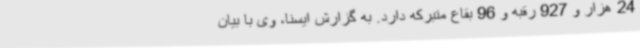
24 هزار و 927 رقبه و 96 بقاع متبرکه دارد. به گزارش ایسنا، وی با بیان